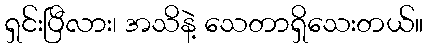
ရှင်းပြီလား၊ အသိနဲ့ သေတာရှိသေးတယ်။